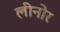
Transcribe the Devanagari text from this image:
लीनोर